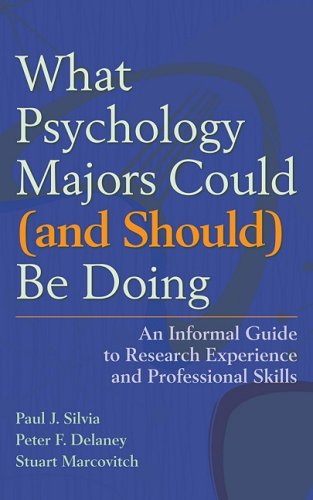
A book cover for What Psychology Majors Could (and Should) Be Doing: An Informal Guide to Research Experience and Professional Skills; Paul J. Silvia; Medical Books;